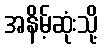
အနိမ့်ဆုံးသို့